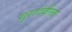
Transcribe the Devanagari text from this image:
सुरादेवीला